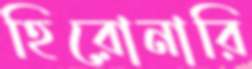
হিরোনারি